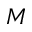
M